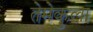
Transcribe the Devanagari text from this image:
तेमेकुला